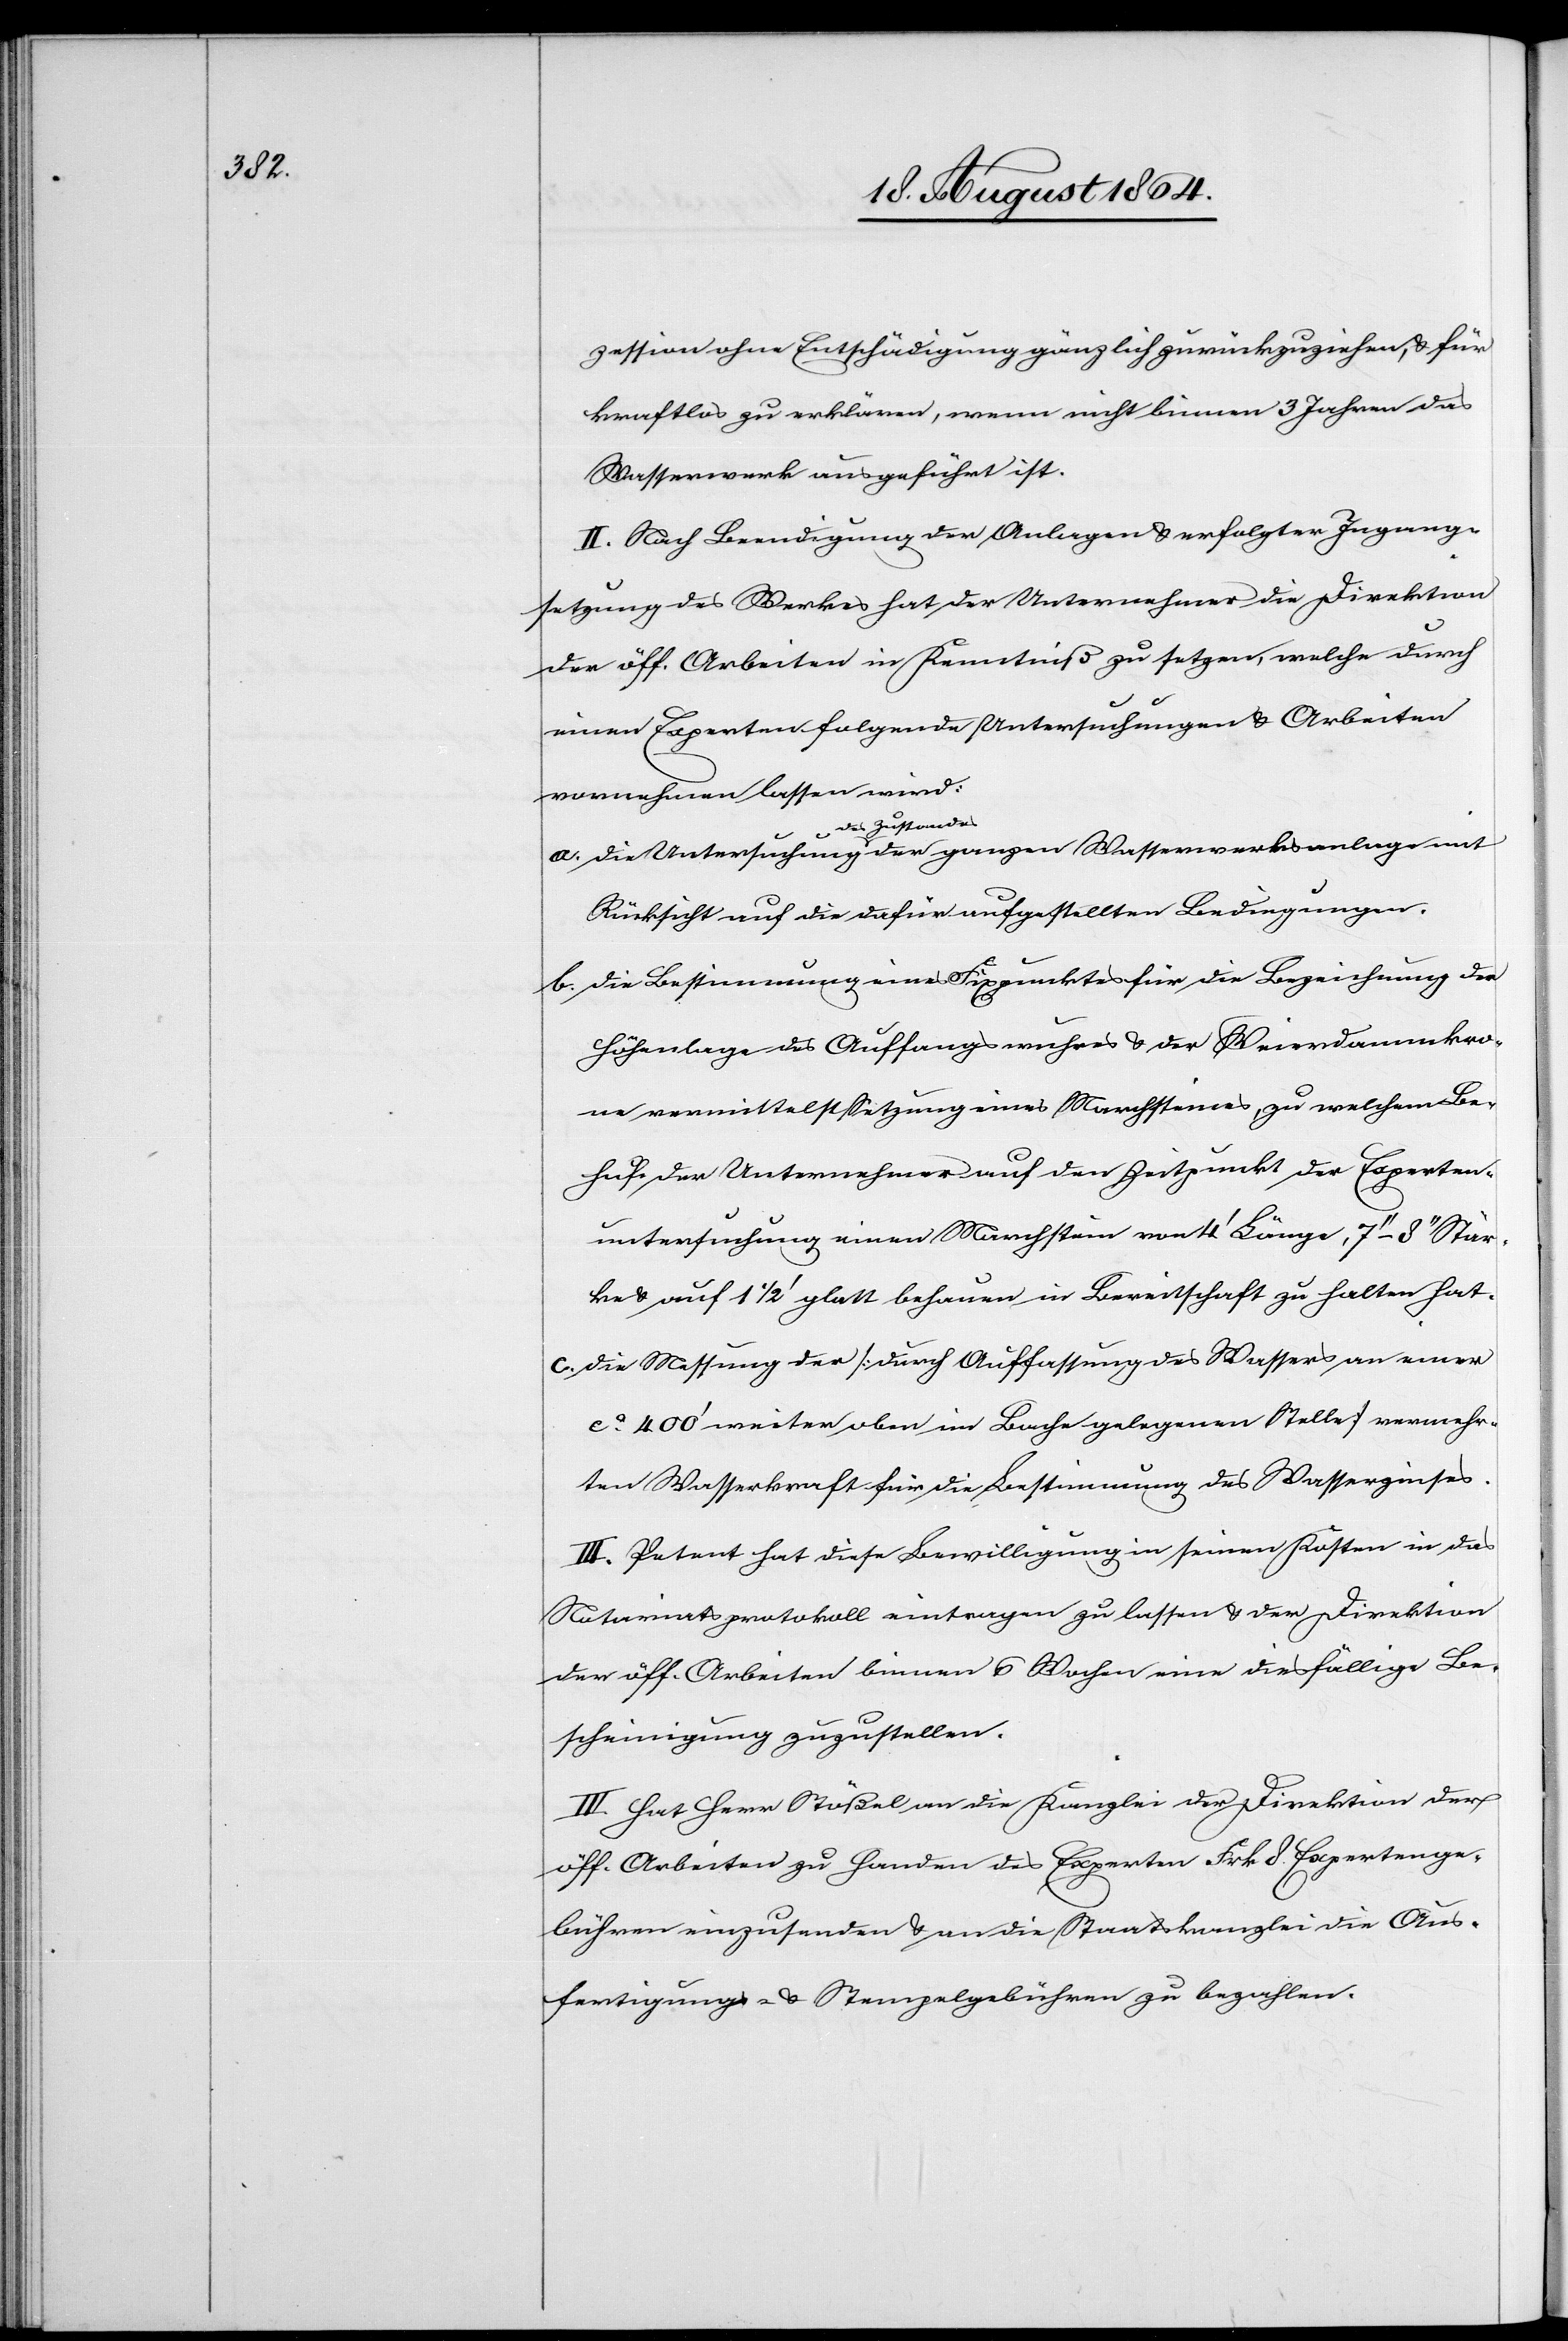
zession ohne Entschädigung gänzlich zurückzuziehen, & für
kraftlos zu erklären, wenn nicht binnen 3 Jahren das
Wasserwerk ausgeführt ist.
II. Nach Beendigung der Anlagen & erfolgter Ingang¬
setzung des Werkes hat der Unternehmer die Direktion
der öff. Arbeiten in Kenntniß zu setzen, welche durch
einen Experten folgende Untersuchungen & Arbeiten
vornehmen lassen wird:
a-des Zustandes-a
Rücksicht auf die dafür aufgestellten Bedingungen.
b.	die Bestimmung eines Fixpunktes für die Bezeichnung der
Höhenlage des Auffangswuhres & der Weierdammkro¬
ne vermittelst Setzung eines Marchsteines, zu welchem Be¬
huf der Unternehmer auf den Zeitpunkt der Experten¬
untersuchung einen Marchstein von 4’ Länge, 7’’–8’’ Stär¬
ke & auf 1 1/2’ glatt behauen in Bereitschaft zu halten hat.
c.	die Messung der [durch Auffassung des Wassers an einer
ca. 400’ weiter oben im Bache gelegenen Stelle] vermehr¬
ten Wasserkraft für die Bestimmung des Wasserzinses.
III. Petent hat diese Bewilligung in seinen Kosten in das
Notariatsprotokoll eintragen zu lassen & der Direktion
der öff. Arbeiten binnen 6 Wochen eine diesfällige Be¬
scheinigung zuzustellen.
IV. Hat Herr Stößel an die Kanzlei der Direktion der
öff. Arbeiten zu Handen des Experten Frk. 8 Expertenge¬
bühren einzusenden & an die Staatskanzlei die Aus¬
fertigungs- & Stempelgebühren zu bezahlen.